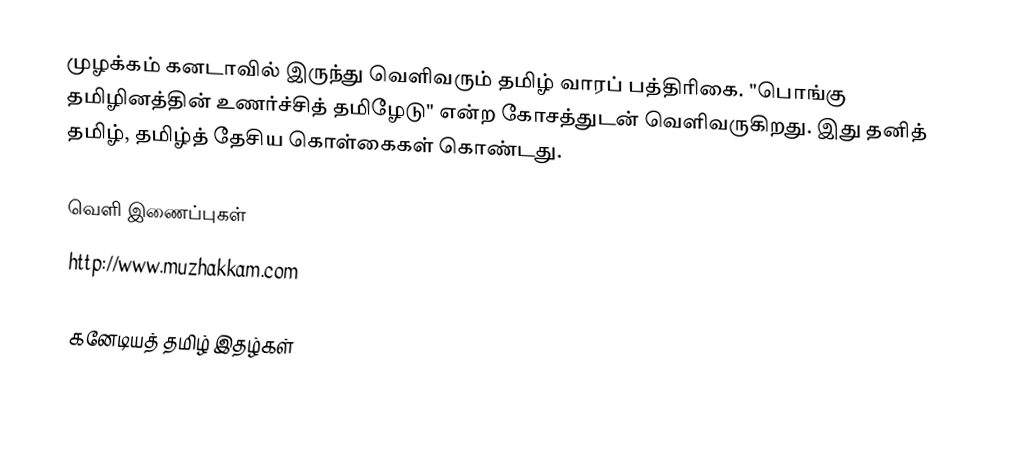
முழக்கம் கனடாவில் இருந்து வெளிவரும் தமிழ் வாரப் பத்திரிகை.  "பொங்கு தமிழினத்தின் உணர்ச்சித் தமிழேடு" என்ற கோசத்துடன் வெளிவருகிறது.  இது தனித் தமிழ், தமிழ்த் தேசிய கொள்கைகள் கொண்டது.

வெளி இணைப்புகள்
 http://www.muzhakkam.com

கனேடியத் தமிழ் இதழ்கள்